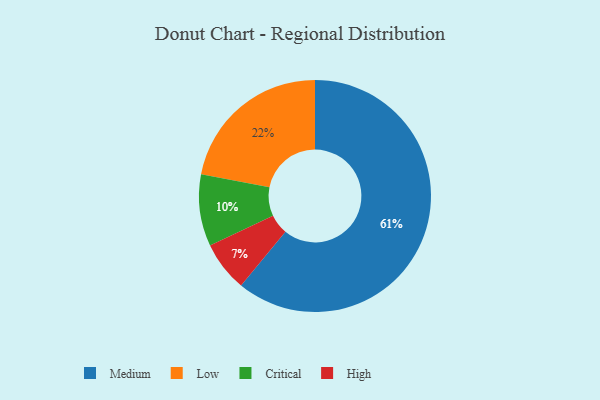
{"axis": {"x": "Category", "y": "Percentage"}, "legend": ["Critical", "High", "Low", "Medium"], "data": [{"x": "High", "y": 7, "type": "High"}, {"x": "Critical", "y": 10, "type": "Critical"}, {"x": "Medium", "y": 61, "type": "Medium"}, {"x": "Low", "y": 22, "type": "Low"}]}